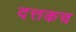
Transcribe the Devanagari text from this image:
दत्तकच